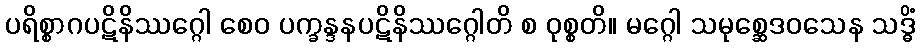
ပရိစ္စာဂပဋိနိဿဂ္ဂေါ စေဝ ပက္ခန္ဒနပဋိနိဿဂ္ဂေါတိ စ ဝုစ္စတိ။ မဂ္ဂေါ သမုစ္ဆေဒဝသေန သဒ္ဓိံ